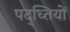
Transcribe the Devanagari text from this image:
पद्ध्तियों